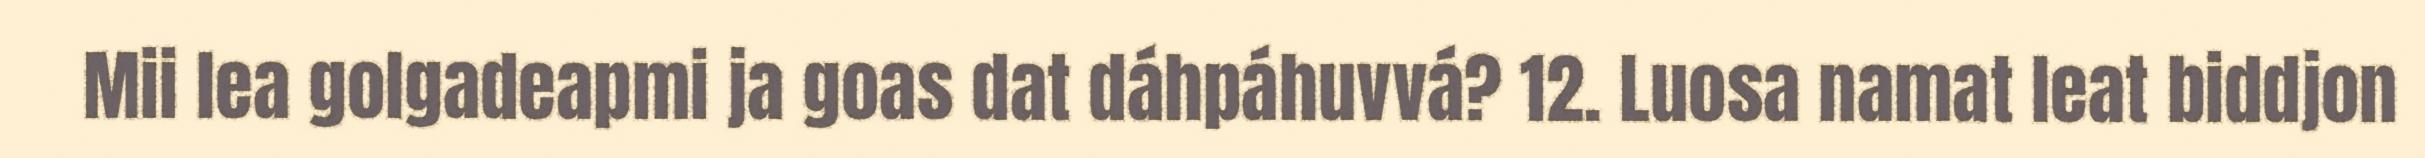
Mii lea golgadeapmi ja goas dat dáhpáhuvvá? 12. Luosa namat leat biddjon